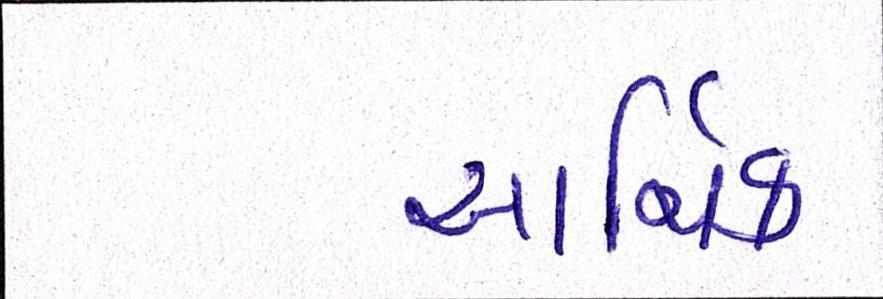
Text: આર્થિક